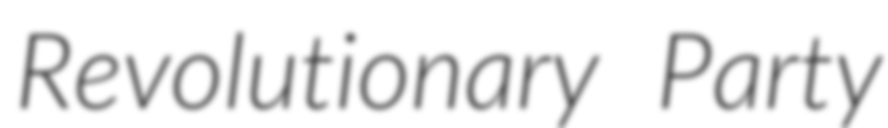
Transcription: Revolutionary Party